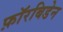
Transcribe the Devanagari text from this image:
फ़ॉरबिडेन